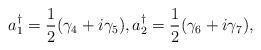
LaTeX: \begin{align*}a_1^{\dagger}=\frac{1}{2}({\gamma}_4+i{\gamma}_5),a_2^{\dagger}=\frac{1}{2}({\gamma}_6+i{\gamma}_7),\end{align*}